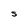
Character: S